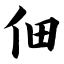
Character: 佃